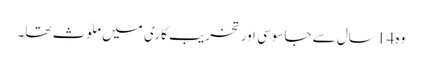
وہ 14 سال سے جاسوسی اور تخریب کاری میں ملوث تھا۔